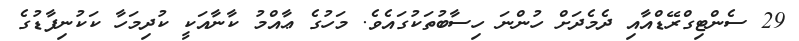
29 ސެންޓިގްރޭޑްއާއި ދެމެދަށް ހުންނަ ހިސާބުތަކުގައެވެ. މަހުގެ ޢާއްމު ކާނާއަކީ ކުދިމަހާ ކަކުނިފާޑުގެ